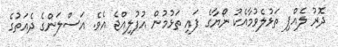
ދޮރު ލެއްޕި ތަޅުލެވުމާއެކު ނޯޔާގެ ފައި ތަޅުމުން އުފުލިއްޖެ އެވެ. އަސްލަންގެ ދެއަތުގެ